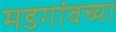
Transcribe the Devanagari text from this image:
मडगांवच्या